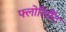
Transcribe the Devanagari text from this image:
फ्लोरिसैंट